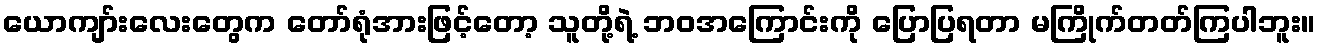
ယောကျာ်းလေးတွေက တော်ရုံအားဖြင့်တော့ သူတို့ရဲ့ ဘဝအကြောင်းကို ပြောပြရတာ မကြိုက်တတ်ကြပါဘူး။